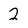
Character: 2